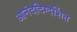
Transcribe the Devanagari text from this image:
आनंददिग्दर्शित